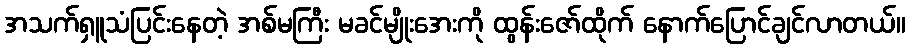
အသက်ရှူသံပြင်းနေတဲ့ အစ်မကြီး မခင်မျိုးအေးကို ထွန်းဇော်ထိုက် နောက်ပြောင်ချင်လာတယ်။